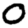
Digit: 0